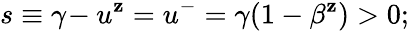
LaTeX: s\equiv\gamma\! -u^{\mathbf{z}}=u^{-}=\gamma(1-\beta^{\mathbf{z}})>0;